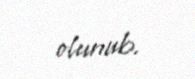
olunub.